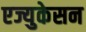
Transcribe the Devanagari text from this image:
एज्युकेसन